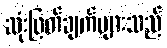
ဆုံးဖြတ်ချက်များသည်